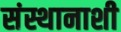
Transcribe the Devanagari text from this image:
संस्थानाशी